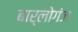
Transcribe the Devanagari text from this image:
बार्लोगंज